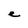
Character: e